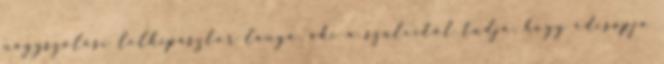
nagyszőlősi lelkipásztor lánya, aki a szüleitől tudja, hogy édesapja